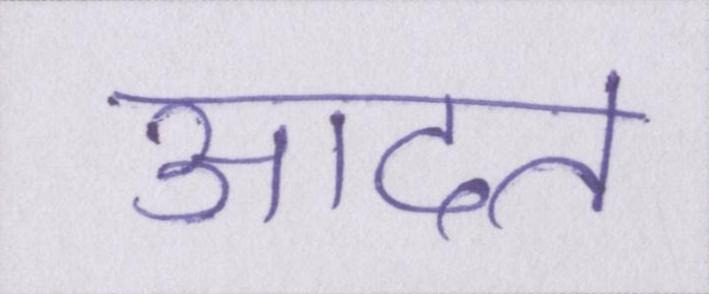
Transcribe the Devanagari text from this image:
आदत